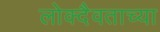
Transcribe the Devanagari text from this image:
लोक्दैवताच्या